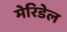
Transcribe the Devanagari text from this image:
मेरिडेल